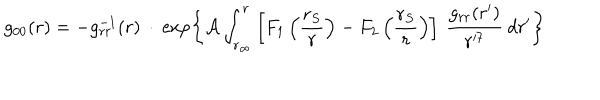
g _ { 0 0 } ( r ) = - g _ { r r } ^ { - 1 } ( r ) \: \cdot \: \exp \left\lbrace { \cal A } \int _ { r _ { \infty } } ^ { r } \left\lbrack F _ { 1 } \left( \frac { r _ { S } } { r } \right) - F _ { 2 } \left( \frac { r _ { S } } { r } \right) \right\rbrack \: \frac { g _ { r r } ( r ^ { \prime } ) } { r ^ { \prime 7 } } \: d r ^ { \prime } \right\rbrace